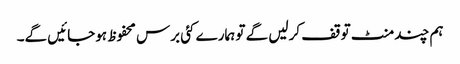
ہم چند منٹ توقف کرلیں گے تو ہمارے کئی برس محفوظ ہوجائیں گے۔